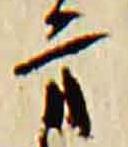
方